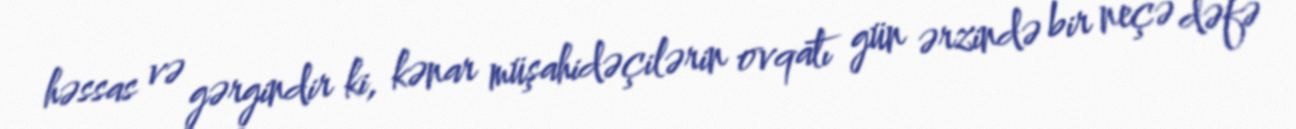
həssas və gərgindir ki, kənar müşahidəçilərin ovqatı gün ərzində bir neçə dəfə